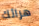
هرائك